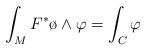
LaTeX: \begin{align*}\int_MF^*\o\wedge\varphi=\int_C\varphi\end{align*}